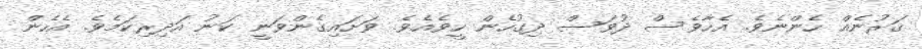
ޤަރުނެއް ހެންނެވެ. އެހާވެސް ދުވަސް ދިގުހެން ހީވެއެވެ. ވަށައިގެންވަނީ ކަނު އަދިރިކަމެވެ. އެހެން